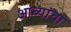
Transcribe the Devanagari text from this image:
आंब्यांचा